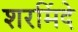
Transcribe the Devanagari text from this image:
शरमिंदे